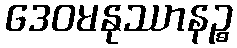
ဒေဝမနုဿာနဉ္စ